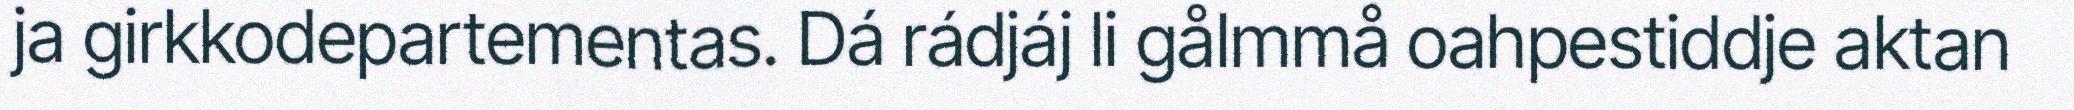
ja girkkodepartementas. Dá rádjáj li gålmmå oahpestiddje aktan